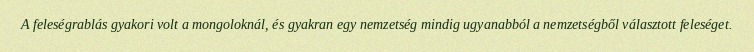
A feleségrablás gyakori volt a mongoloknál, és gyakran egy nemzetség mindig ugyanabból a nemzetségből választott feleséget.